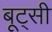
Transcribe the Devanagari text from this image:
बूट्सी